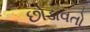
છોડાવતો